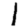
Digit: 1